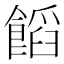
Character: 饀